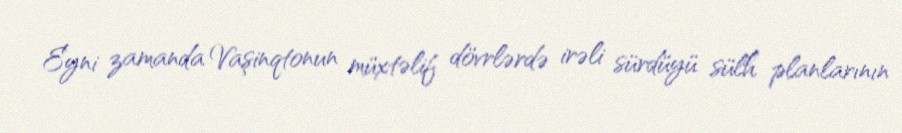
Eyni zamanda Vaşinqtonun müxtəlif dövrlərdə irəli sürdüyü sülh planlarının